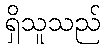
ရှိသူသည်